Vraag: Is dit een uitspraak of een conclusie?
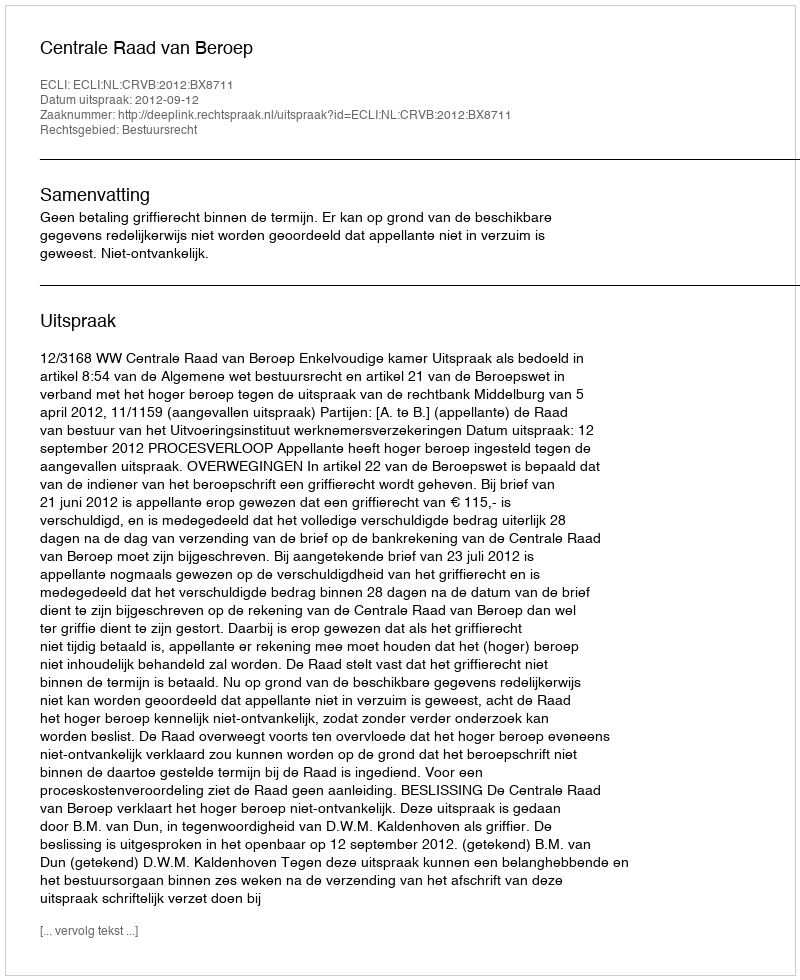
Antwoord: Uitspraak